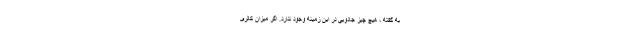
به گفته ، هیچ چیز جادویی در این زمینه وجود ندارد. اگر میزان کالری